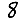
Digit: 8